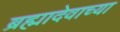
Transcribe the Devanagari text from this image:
ब्रह्मादेवाच्या